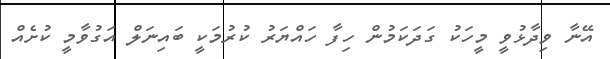
އޭނާ ވިދާޅުވީ މީހަކު ގަދަކަމުން ހިފާ ހައްޔަރު ކުރުމަކީ ބައިނަލް އަގުވާމީ ކުށެއް